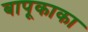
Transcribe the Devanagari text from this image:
बापूकाका